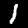
Label: 1